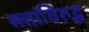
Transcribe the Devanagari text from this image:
सत्तांविरुद्ध